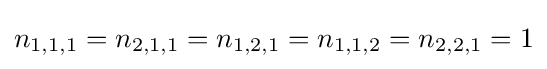
n_{1,1,1}=n_{2,1,1}=n_{1,2,1}=n_{1,1,2}=n_{2,2,1}=1